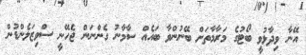
އޭނާ ވިދާޅުވީ ބޯޓުގެ މަރާމާތަށް ބޭނުންވާ ބައެއް ސާމާނު ގެންނަން ޖެހޭނީ ސްވިޒަލެންޑުން